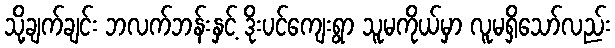
သို့ချက်ချင်း ဘလက်ဘန်းနှင့် ဒိုးပင်ကျေးရွာ သူမကိုယ်မှာ လူမရှိသော်လည်း